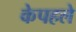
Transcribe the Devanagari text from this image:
केपहले